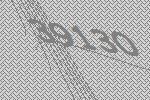
39130